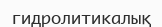
гидролитикалық